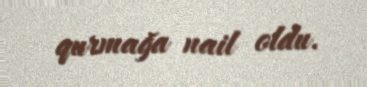
qurmağa nail oldu.